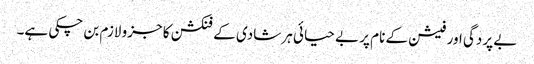
بے پردگی اور فیشن کے نام پر بے حیائی ہر شادی کے فنکشن کا جزو لازم بن چکی ہے۔